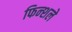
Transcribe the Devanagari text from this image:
फिन्शले